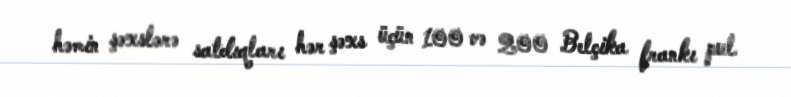
həmin şəxslərə satdıqları hər şəxs üçün 100 və 200 Belçika frankı pul